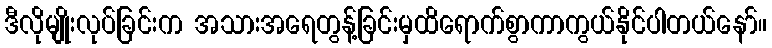
ဒီလိုမျိုးလုပ်ခြင်းက အသားအရေတွန့်ခြင်းမှထိရောက်စွာကာကွယ်နိုင်ပါတယ်နော်။